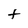
Character: t